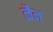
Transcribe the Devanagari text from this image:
त्वैन